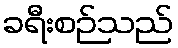
ခရီးစဉ်သည်